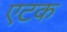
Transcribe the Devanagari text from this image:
एटक